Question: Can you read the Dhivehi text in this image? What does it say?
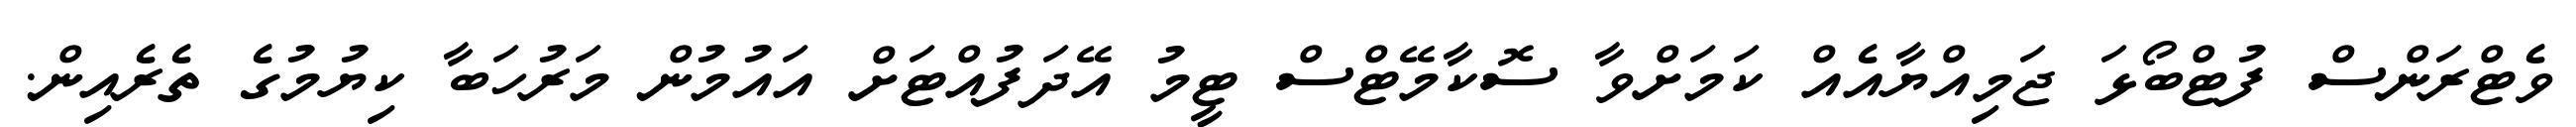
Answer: ވެޓްރަންސް ފުޓްބޯޅަ ޖަމިއްޔާއެއް ކަމަށްވާ ސޮކާމޭޓްސް ޓީމު އޭދަފުއްޓަށް އައުމުން މަރުހަބާ ކިޔުމުގެ ތެރެއިން.